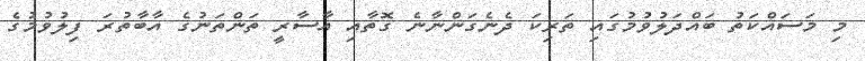
މި މަސައްކަތު ބައްދަލުވުމުގައި ތަރިކަ ދެނެގަންނާނެ ގޮތާއި އާސާރީ ތަންތަނުގެ އާބާތުރަ ފިލުވުމުގެ